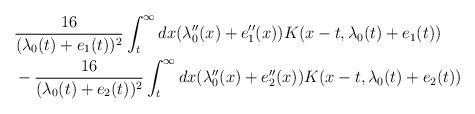
LaTeX: \begin{align*} &\frac{16}{(\lambda_{0}(t)+e_{1}(t))^{2}} \int_{t}^{\infty} dx (\lambda_{0}''(x)+e_{1}''(x)) K(x-t,\lambda_{0}(t)+e_{1}(t))\\&-\frac{16}{(\lambda_{0}(t)+e_{2}(t))^{2}} \int_{t}^{\infty} dx (\lambda_{0}''(x)+e_{2}''(x)) K(x-t,\lambda_{0}(t)+e_{2}(t))\end{align*}